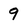
Character: 9